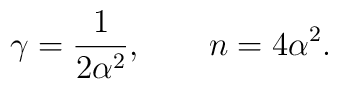
\gamma =\frac{1}{2\alpha^{2}}, \qquad n=4\alpha^{2}.